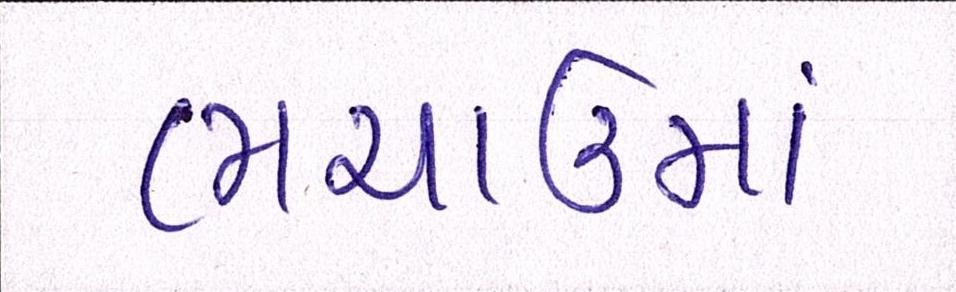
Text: ભચાઉમાં